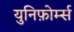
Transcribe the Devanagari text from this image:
युनिफ़ोर्म्स